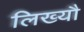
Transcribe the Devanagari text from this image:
लिख्यौ